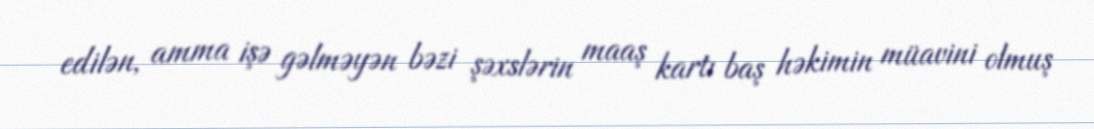
edilən, amma işə gəlməyən bəzi şəxslərin maaş kartı baş həkimin müavini olmuş